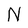
Character: N